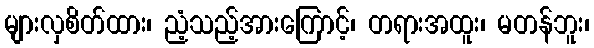
များလှစိတ်ထား၊ ညံ့သည့်အားကြောင့်၊ တရားအထူး၊ မတန်ဘူး၊